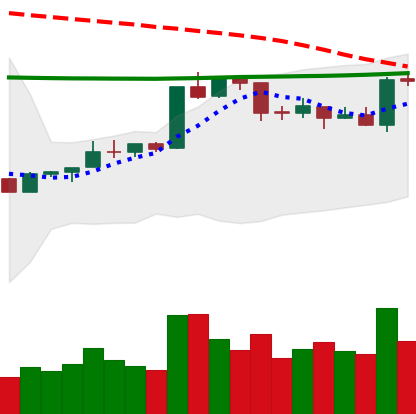
Ticker: ETH-USD
Chart end date: 2020-04-17
Forward return: 6.386%
Label: up_5_7